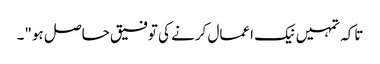
تاکہ تمہیں نیک اعمال کرنے کی توفیق حاصل ہو"۔